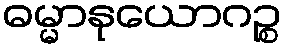
ဓမ္မာနုယောဂဉ္စ